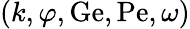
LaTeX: (k,\varphi,\mathrm{Ge},\mathrm{Pe},\omega)